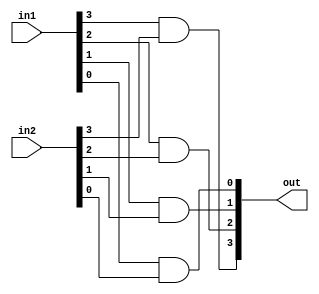
module and4(out,in1,in2);
	input [3:0] in1, in2;
	output [3:0] out;

	and t1(out[3], in1[3], in2[3]),
		t2(out[2], in1[2], in2[2]),
		t3(out[1], in1[1], in2[1]),
		t4(out[0], in1[0], in2[0]);
endmodule